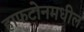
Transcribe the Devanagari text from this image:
हाफटोनमधील